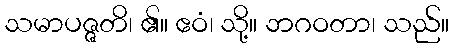
သမာပဇ္ဇတိ၊ ၏။ ဧဝံ၊ သို့။ ဘဂဝတာ၊ သည်။